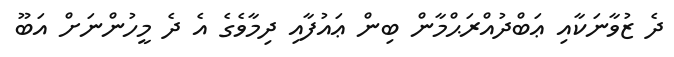
ދެ ޒުވާނަކާއި ޢަބްދުއްރަޙްމާން ބިން ޢައުފާއި ދިމާވެގެ އެ ދެ މީހުންނަށް އަބޫ